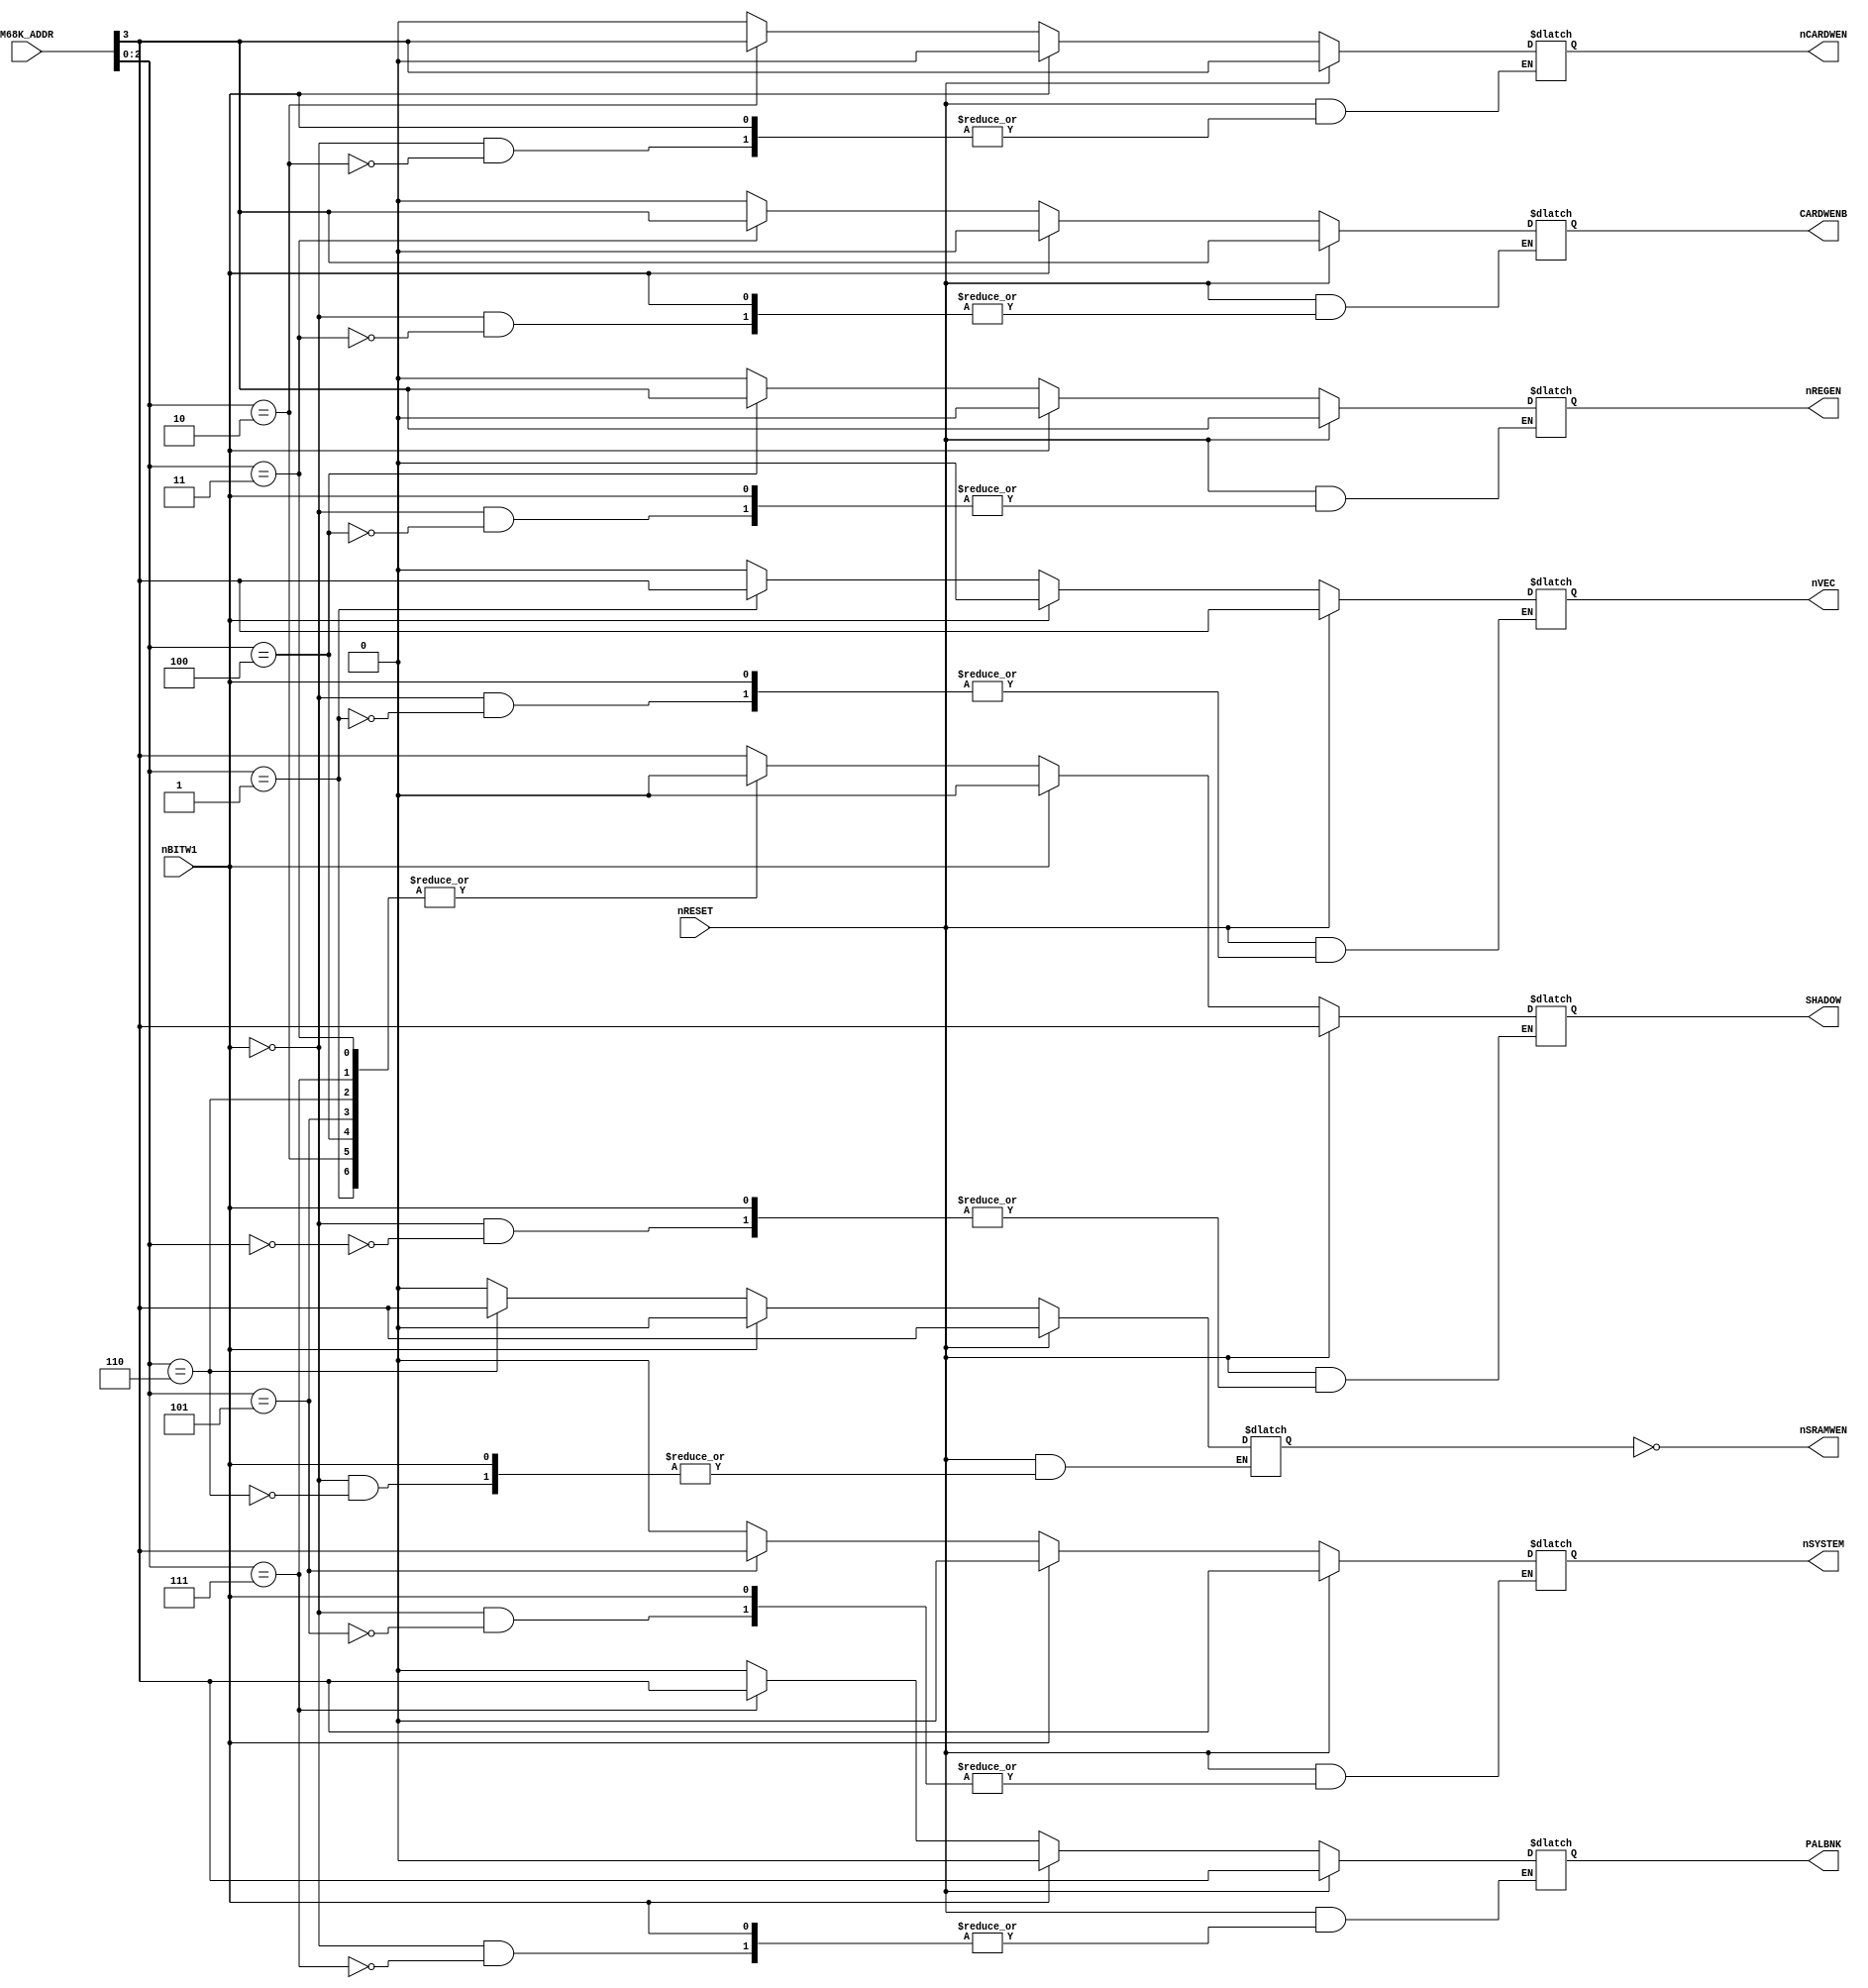
// NeoGeo logic definition (simulation only)
// Copyright (C) 2018 Sean Gonsalves
//
// This program is free software: you can redistribute it and/or modify
// it under the terms of the GNU General Public License as published by
// the Free Software Foundation, either version 3 of the License, or
// (at your option) any later version.
//
// This program is distributed in the hope that it will be useful,
// but WITHOUT ANY WARRANTY; without even the implied warranty of
// MERCHANTABILITY or FITNESS FOR A PARTICULAR PURPOSE.  See the
// GNU General Public License for more details.
//
// You should have received a copy of the GNU General Public License
// along with this program.  If not, see <https://www.gnu.org/licenses/>.

`timescale 1ns/1ns

module syslatch(
	input [4:1] M68K_ADDR,
	input nBITW1,
	input nRESET,
	output SHADOW, nVEC, nCARDWEN, CARDWENB, nREGEN, nSYSTEM, nSRAMWEN, PALBNK
);

	reg [7:0] SLATCH;
	
	assign SHADOW = SLATCH[0];
	assign nVEC = SLATCH[1];
	assign nCARDWEN = SLATCH[2];
	assign CARDWENB = SLATCH[3];
	assign nREGEN = SLATCH[4];
	assign nSYSTEM = SLATCH[5];
	assign nSRAMWEN = ~SLATCH[6];		// See MVS schematics page 3
	assign PALBNK = SLATCH[7];
	
	// System latch
	always @(M68K_ADDR[4:1] or nBITW1 or nRESET)
	begin
		if (!nRESET)
		begin
			if (nBITW1)
				SLATCH <= 8'b0;	// Clear
			else
			begin						// Demux mode
				case (M68K_ADDR[3:1])
					0: SLATCH <= {7'b0000000, M68K_ADDR[4]};
					1: SLATCH <= {6'b000000, M68K_ADDR[4], 1'b0};
					2: SLATCH <= {5'b00000, M68K_ADDR[4], 2'b00};
					3: SLATCH <= {4'b0000, M68K_ADDR[4], 3'b000};
					4: SLATCH <= {3'b000, M68K_ADDR[4], 4'b0000};
					5: SLATCH <= {2'b00, M68K_ADDR[4], 5'b00000};
					6: SLATCH <= {1'b0, M68K_ADDR[4], 6'b000000};
					7: SLATCH <= {M68K_ADDR[4], 7'b0000000};
				endcase
			end
		end
		else if (!nBITW1)
		begin							// Latch mode
			SLATCH[M68K_ADDR[3:1]] <= M68K_ADDR[4];
			
			// DEBUG
			if (M68K_ADDR[4:1] == 4'h0)
				$display("SYSLATCH: NOSHADOW");
			else if (M68K_ADDR[4:1] == 4'h1)
				$display("SYSLATCH: REG_SWPBIOS");
			else if (M68K_ADDR[4:1] == 4'h2)
				$display("SYSLATCH: REG_CRDUNLOCK1");
			else if (M68K_ADDR[4:1] == 4'h3)
				$display("SYSLATCH: REG_CRDLOCK2");
			else if (M68K_ADDR[4:1] == 4'h4)
				$display("SYSLATCH: REG_CRDREGSEL");
			else if (M68K_ADDR[4:1] == 4'h5)
				$display("SYSLATCH: REG_BRDFIX");
			else if (M68K_ADDR[4:1] == 4'h6)
				$display("SYSLATCH: REG_SRAMLOCK");
			else if (M68K_ADDR[4:1] == 4'h7)
				$display("SYSLATCH: REG_PALBANK1");
			else if (M68K_ADDR[4:1] == 4'h8)
				$display("SYSLATCH: REG_SHADOW");
			else if (M68K_ADDR[4:1] == 4'h9)
				$display("SYSLATCH: REG_SWPROM");
			else if (M68K_ADDR[4:1] == 4'hA)
				$display("SYSLATCH: REG_CRDLOCK1");
			else if (M68K_ADDR[4:1] == 4'hB)
				$display("SYSLATCH: REG_CRDUNLOCK2");
			else if (M68K_ADDR[4:1] == 4'hC)
				$display("SYSLATCH: REG_CRDNORMAL");
			else if (M68K_ADDR[4:1] == 4'hD)
				$display("SYSLATCH: REG_CRTFIX");
			else if (M68K_ADDR[4:1] == 4'hE)
				$display("SYSLATCH: REG_SRAMUNLOCK");
			else if (M68K_ADDR[4:1] == 4'hF)
				$display("SYSLATCH: REG_PALBANK0");
		end
	end
	
endmodule